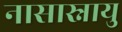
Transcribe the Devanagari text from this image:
नासास्नायु